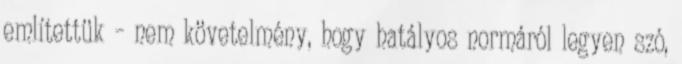
említettük – nem követelmény, hogy hatályos normáról legyen szó,